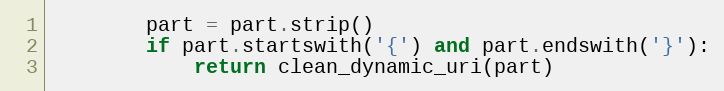
Language: Python
        part = part.strip()
        if part.startswith('{') and part.endswith('}'):
            return clean_dynamic_uri(part)